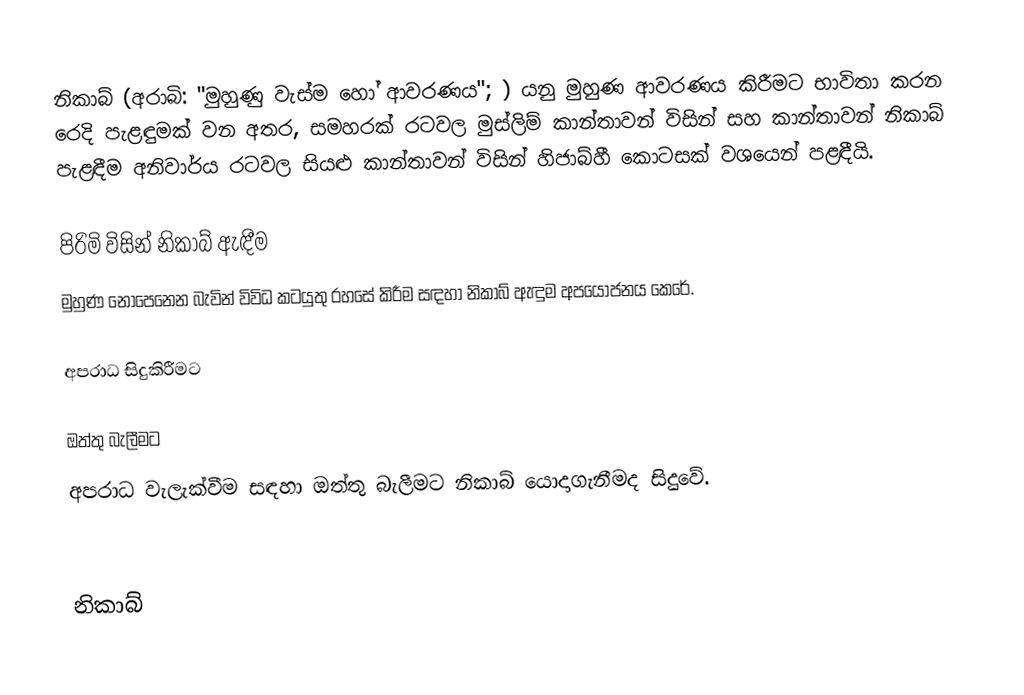
නිකාබ් (අරාබි: "මුහුණු වැස්ම හෝ ආවරණය"; ) යනු මුහුණ ආවරණය කිරීමට භාවිතා කරන රෙදි පැළඳුමක් වන අතර, සමහරක් රටවල  මුස්ලිම් කාන්තාවන් විසින් සහ කාන්තාවන් නිකාබ් පැළඳීම අනිවාර්ය රටවල සියළු කාන්තාවන් විසින් හිජාබ්හී කොටසක් වශයෙන්  පළඳීයි.

පිරිමි විසින් නිකාබ් ඇඳීම
මුහුණ නොපෙනෙන බැවින් විවිධ කටයුතු රහසේ කිරීම සඳහා නිකාබ් ඇඳුම අපයෝජනය කෙරේ.

අපරාධ සිදුකිරීමට

ඔත්තු බැලීමට
අපරාධ වැලැක්වීම සඳහා ඔත්තු බැලීමට නිකාබ් යොදාගැනීමද සිදුවේ.

නිකාබ්